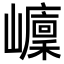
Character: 𡾭